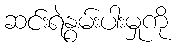
ဆင်းရဲနွမ်းပါးမှုကို